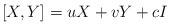
\begin{align*}[X,Y] = u X + v Y + c I\end{align*}